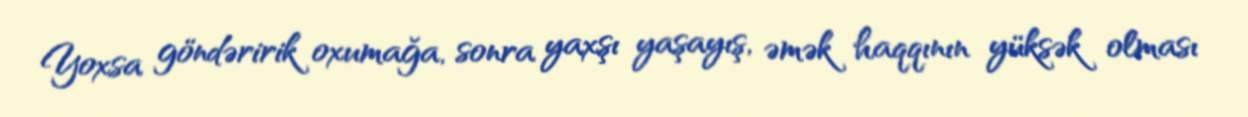
Yoxsa göndəririk oxumağa, sonra yaxşı yaşayış, əmək haqqının yüksək olması